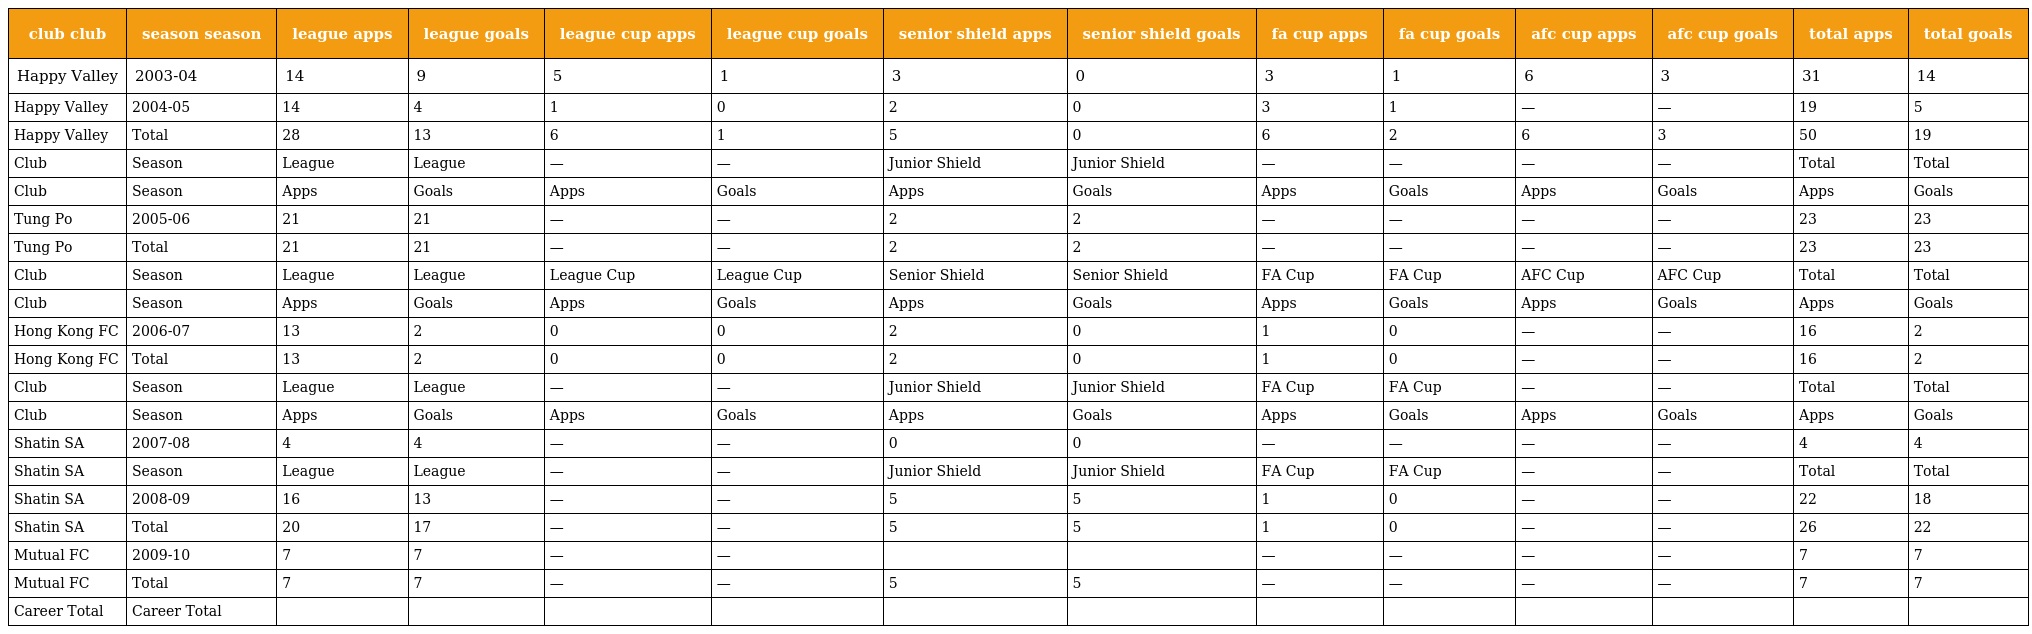
| club club | season season | league apps | league goals | league cup apps | league cup goals | senior shield apps | senior shield goals | fa cup apps | fa cup goals | afc cup apps | afc cup goals | total apps | total goals |
 | --- | --- | --- | --- | --- | --- | --- | --- | --- | --- | --- | --- | --- | --- |
 | Happy Valley | 2003-04 | 14 | 9 | 5 | 1 | 3 | 0 | 3 | 1 | 6 | 3 | 31 | 14 |
 | Happy Valley | 2004-05 | 14 | 4 | 1 | 0 | 2 | 0 | 3 | 1 | — | — | 19 | 5 |
 | Happy Valley | Total | 28 | 13 | 6 | 1 | 5 | 0 | 6 | 2 | 6 | 3 | 50 | 19 |
 | Club | Season | League | League | — | — | Junior Shield | Junior Shield | — | — | — | — | Total | Total |
 | Club | Season | Apps | Goals | Apps | Goals | Apps | Goals | Apps | Goals | Apps | Goals | Apps | Goals |
 | Tung Po | 2005-06 | 21 | 21 | — | — | 2 | 2 | — | — | — | — | 23 | 23 |
 | Tung Po | Total | 21 | 21 | — | — | 2 | 2 | — | — | — | — | 23 | 23 |
 | Club | Season | League | League | League Cup | League Cup | Senior Shield | Senior Shield | FA Cup | FA Cup | AFC Cup | AFC Cup | Total | Total |
 | Club | Season | Apps | Goals | Apps | Goals | Apps | Goals | Apps | Goals | Apps | Goals | Apps | Goals |
 | Hong Kong FC | 2006-07 | 13 | 2 | 0 | 0 | 2 | 0 | 1 | 0 | — | — | 16 | 2 |
 | Hong Kong FC | Total | 13 | 2 | 0 | 0 | 2 | 0 | 1 | 0 | — | — | 16 | 2 |
 | Club | Season | League | League | — | — | Junior Shield | Junior Shield | FA Cup | FA Cup | — | — | Total | Total |
 | Club | Season | Apps | Goals | Apps | Goals | Apps | Goals | Apps | Goals | Apps | Goals | Apps | Goals |
 | Shatin SA | 2007-08 | 4 | 4 | — | — | 0 | 0 | — | — | — | — | 4 | 4 |
 | Shatin SA | Season | League | League | — | — | Junior Shield | Junior Shield | FA Cup | FA Cup | — | — | Total | Total |
 | Shatin SA | 2008-09 | 16 | 13 | — | — | 5 | 5 | 1 | 0 | — | — | 22 | 18 |
 | Shatin SA | Total | 20 | 17 | — | — | 5 | 5 | 1 | 0 | — | — | 26 | 22 |
 | Mutual FC | 2009-10 | 7 | 7 | — | — |  |  | — | — | — | — | 7 | 7 |
 | Mutual FC | Total | 7 | 7 | — | — | 5 | 5 | — | — | — | — | 7 | 7 |
 | Career Total | Career Total |  |  |  |  |  |  |  |  |  |  |  |  |